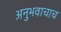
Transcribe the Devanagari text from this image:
अनुभवाचाच